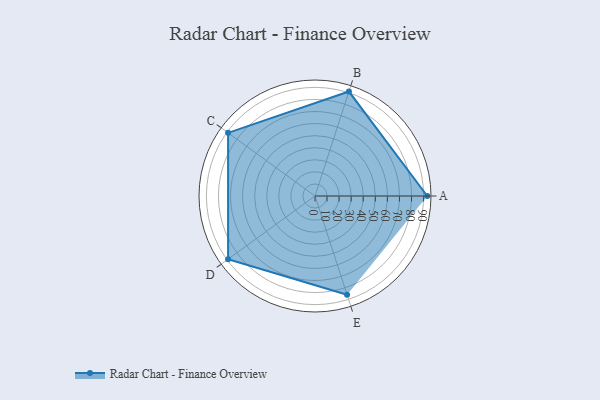
{"axis": {"x": "Skill", "y": "Score"}, "legend": ["Profile"], "data": [{"x": "A", "y": 93.0, "type": "Profile"}, {"x": "B", "y": 91.0, "type": "Profile"}, {"x": "C", "y": 89.0, "type": "Profile"}, {"x": "D", "y": 89.0, "type": "Profile"}, {"x": "E", "y": 86.0, "type": "Profile"}]}